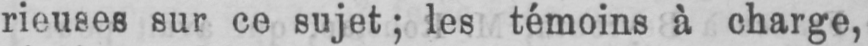
rieuses sur ce sujet; les témoins à charge,